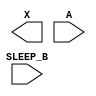
module sky130_fd_sc_hdll__inputiso1n (
    X      ,
    A      ,
    SLEEP_B
);

    output X      ;
    input  A      ;
    input  SLEEP_B;

    // Voltage supply signals
    supply1 VPWR;
    supply0 VGND;
    supply1 VPB ;
    supply0 VNB ;

endmodule